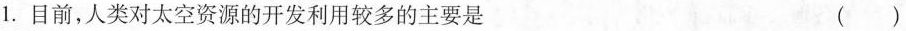
1. 目前，人类对太空资源的开发利用较多的主要是()